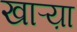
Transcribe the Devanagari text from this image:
खाऱ्य़ा